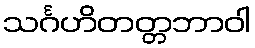
သင်္ဂဟိတတ္တဘာဝါ